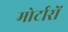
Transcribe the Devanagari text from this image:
मोर्टारों